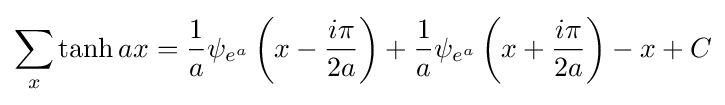
\sum _{x}\tanh ax={\frac {1}{a}}\psi _{e^{a}}\left(x-{\frac {i\pi }{2a}}\right)+{\frac {1}{a}}\psi _{e^{a}}\left(x+{\frac {i\pi }{2a}}\right)-x+C